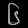
Digit: ၆